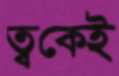
ত্বকেই